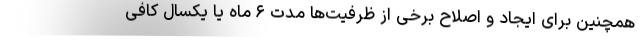
همچنین برای ایجاد و اصلاح برخی از ظرفیت‌ها مدت ۶ ماه یا یکسال کافی